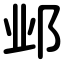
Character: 邺